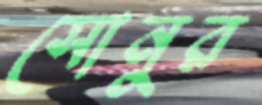
সোনুর